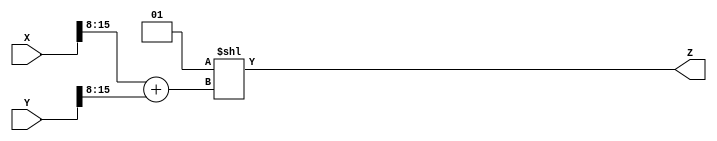
module LogarithmicAnalogMultiplier (
    input wire [15:0] X, // 16-bit input X
    input wire [15:0] Y, // 16-bit input Y
    output reg [31:0] Z  // 32-bit output for the result (X * Y)
);

// Logarithmic conversion function (simplified)
function [15:0] log_conversion;
    input [15:0] value;
    begin
        // This is a placeholder for the logarithmic conversion
        // In practice, you would implement a proper logarithmic function
        // Here we use a simple approximation for demonstration
        log_conversion = value[15:8]; // Simplified log (just taking the upper bits)
    end
endfunction

// Exponential conversion function (simplified)
function [31:0] exp_conversion;
    input [15:0] log_value;
    begin
        // This is a placeholder for the exponential conversion
        // In practice, you would implement a proper exponential function
        exp_conversion = (1 << log_value); // Simplified exp (2^log_value)
    end
endfunction

// Internal signals
reg [15:0] log_X;
reg [15:0] log_Y;
reg [15:0] sum_log;
reg [31:0] exp_result;

// Main process
always @(*) begin
    // Step 1: Logarithmic conversion
    log_X = log_conversion(X);
    log_Y = log_conversion(Y);
    
    // Step 2: Summation of logarithmic values
    sum_log = log_X + log_Y;
    
    // Step 3: Exponential conversion
    exp_result = exp_conversion(sum_log);
    
    // Step 4: Output the result
    Z = exp_result;
end

endmodule